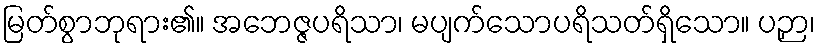
မြတ်စွာဘုရား၏။ အဘေဇ္ဇပရိသာ၊ မပျက်သောပရိသတ်ရှိသော။ ပဉှာ၊